Vaccine operations Central Provinces 1868-1885 - 1868-1885
Year: 1868
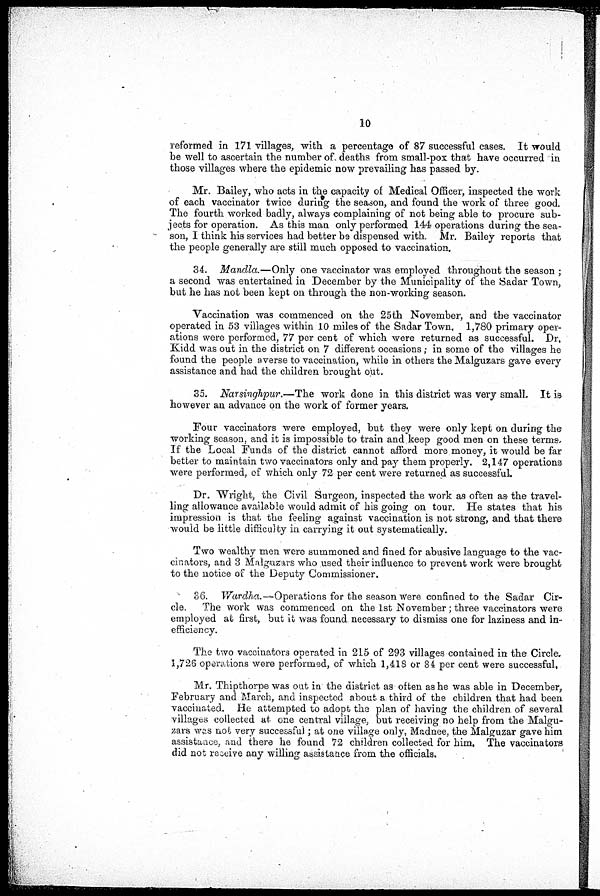
10
reformed in 171 villages, with a percentage of 87 successful cases. It would
be well to ascertain the number of deaths from small-pox that have occurred in
those villages where the epidemic now prevailing has passed by.
Mr. Bailey, who acts in the capacity of Medical Officer, inspected the work
of each vaccinator twice during the season, and found the work of three good.
The fourth worked badly, always complaining of not being able to procure sub-
jects for operation. As this man only performed 144 operations during the sea-
son, I think his services had better be dispensed with. Mr. Bailey reports that
the people generally are still much opposed to vaccination.
34. Mandla.—Only one vaccinator was employed throughout the season ;
a second was entertained in December by the Municipality of the Sadar Town,
but he has not been kept on through the non-working season.
Vaccination was commenced on the 25th November, and the vaccinator
operated in 53 villages within 10 miles of the Sadar Town. 1,780 primary oper-
ations were performed, 77 per cent of which were returned as successful. Dr,
Kidd was out in the district on 7 different occasions; in some of the villages he
found the people averse to vaccination, while in others the Malguzars gave every
assistance and had the children brought out.
35. Narsinghpur.—The work done in this district was very small. It is
however an advance on the work of former years.
Four vaccinators were employed, but they were only kept on during the
working season, and it is impossible to train and keep good men on these terms
If the Local Funds of the district cannot afford more money, it would be far
better to maintain two vaccinators only and pay them properly. 2,147 operations
were performed, of which only 72 per cent were returned as successful.
Dr. Wright, the Civil Surgeon, inspected the work as often as the travel-
ling allowance available would admit of his going on tour. He states that his
impression is that the feeling against vaccination is not strong, and that there
would be little difficulty in carrying it out systematically.
Two wealthy men were summoned and fined for abusive language to the vac-
cinators, and 3 Malguzars who used their influence to prevent work were brought
to the notice of the Deputy Commissioner.
36. Wardha.—Operations for the season were confined to the Sadar Cir-
cle. The work was commenced on the 1st November; three vaccinators were
employed at first, but it was found necessary to dismiss one for laziness and in-
efficiency.
The two vaccinators operated in 215 of 293 villages contained in the Circle.
1,726 operations were performed, of which 1,418 or 84 per cent were successful.
Mr. Thipthorpe was out in the district as often as he was able in December,
February and March, and inspected about a third of the children that had been
vaccinated. He attempted to adopt the plan of having the children of several
villages collected at one central village, but receiving no help from the Malgu-
zars was not very successful; at one village only, Madnee, the Malguzar gave him
assistance, and there he found 72 children collected for him. The vaccinators
did not receive any willing assistance from the officials.